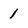
Character: 1